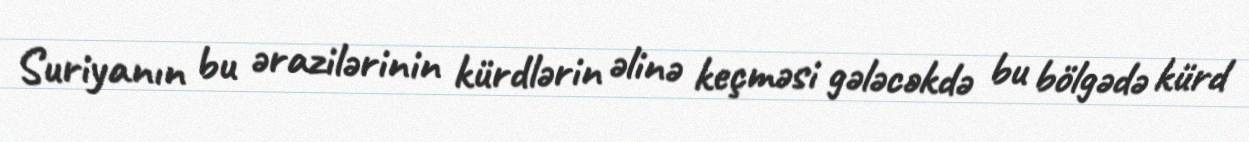
Suriyanın bu ərazilərinin kürdlərin əlinə keçməsi gələcəkdə bu bölgədə kürd